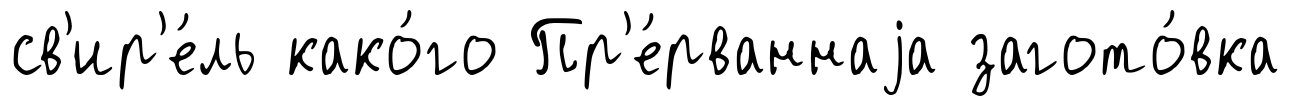
св'ир'е́ль како́го Пр'е́рваннаjа загото́вка